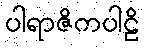
ပါရာဇိကပါဠိ